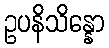
ဥပနိသိန္နော